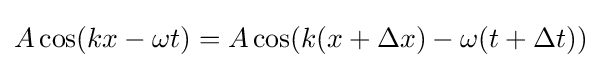
A\cos(kx-\omega t)=A\cos(k(x+\Delta x)-\omega (t+\Delta t))